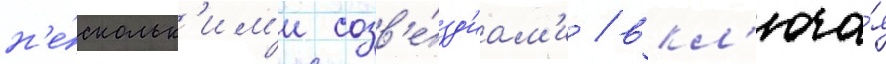
н'е́скольк'им'и созв'е́зд'иам'и / вкл'юча́я